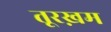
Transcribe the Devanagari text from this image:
तूरख़म